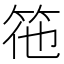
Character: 𮅅